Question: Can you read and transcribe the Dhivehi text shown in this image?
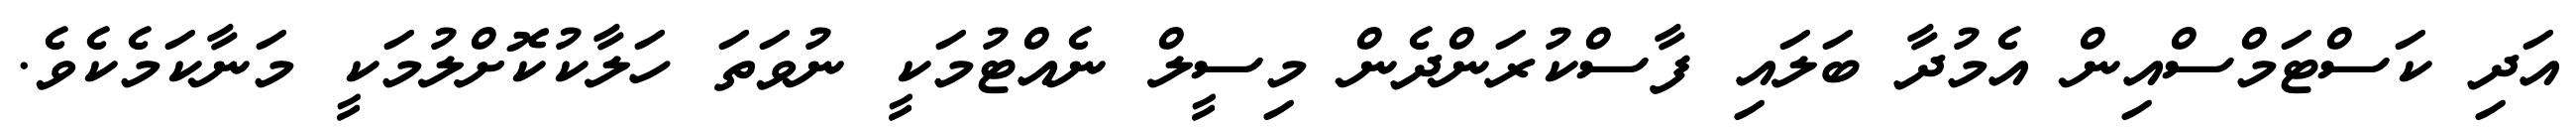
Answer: އަދި ކަސްޓަމްސްއިން އެމުދާ ބަލައި ފާސްކުރަންދެން މިސީލް ނެއްޓުމަކީ ނުވަތަ ހަލާކުކޮށްލުމަކީ މަނާކަމެކެވެ.